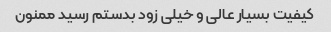
کیفیت بسیار عالی و خیلی زود بدستم رسید ممنون